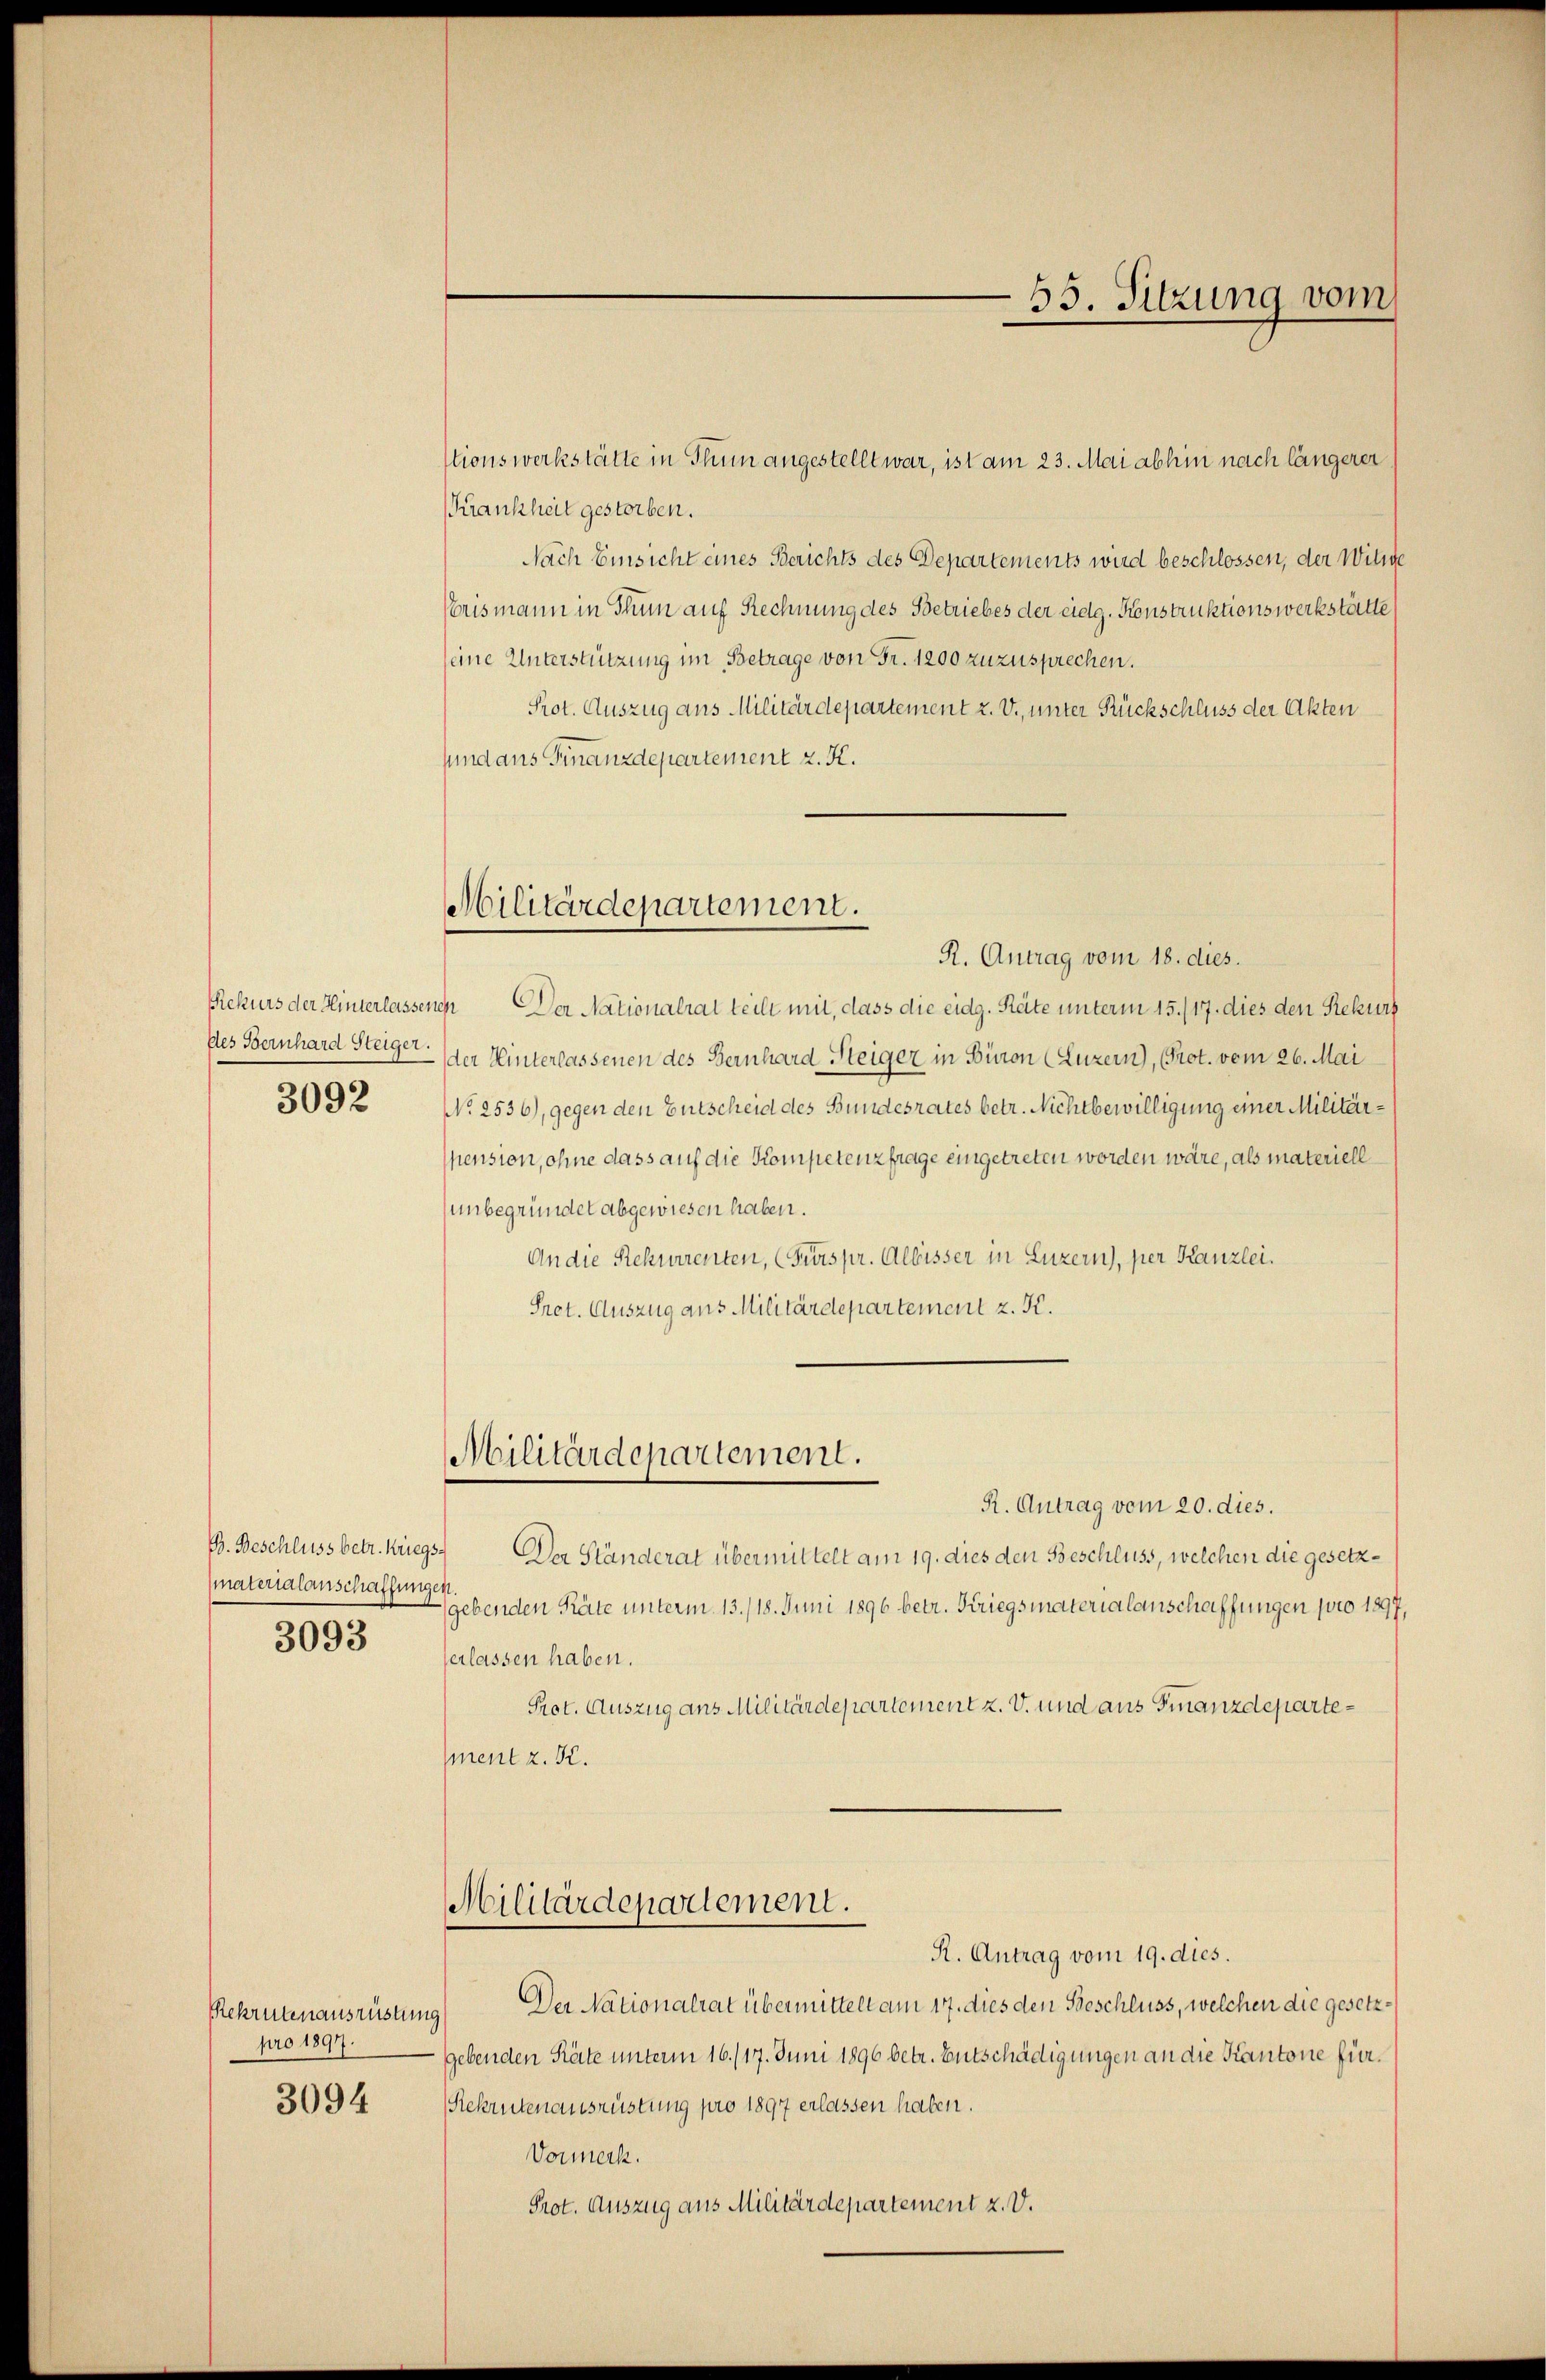
3092

materialanschaffungen.
3093

Rekrutenausrüstung
pro 1897.
3094

Krankheit gestorben.
Nach Einsicht eines Berichts des Departements wird beschlossen, der Witige
Brismann in Thun auf Rechnung des Betriebes der eidg. Konstruktionswerkstätte
seine Unterstützung im Betrage von Fr. 1200 zuzusprechen.
Prot. Auszug aus Militärdepartement u. V., unter Rückschluss der Akten
sund aus Finanzdepartement z. K.
Rekurs der Hinterlassenen Der Nationalrat teilt mit, dass die eidg. Räte unterm 15./17. dies den Rekurs
des Bernhard Steiger der Hinterlassenen des Bernhard Steiger in Büron (Luzern), Prot. vom 26. Mai
No 2536), gegen den Entscheid des Bundesrates betr. Nichtbewilligung einer Militärspension, ohne dass auf die Kompetenzfrage eingetreten worden wäre, als materiell
unbegründet abgewiesen haben.
An die Rekurrenten, (Fürspr. Albisser in Luzern), per Kanzlei.
Pret. Auszug aus Militärdepartement z. K.
Militärdepartement.
R. Antrag vom 20. dies.
B. Beschluss betr. Kriegs. Der Ständerat übermittelt am 19. dies den Beschluss, welchen die gesetzgebenden Räte unterm 13./18. Juni 1896 betr. Kriegsmaterialanschaffungen pro 1897,
verlassen haben.
Prot. Auszug ans Militärdepartement z. V. und aus Finanzdepartement z. K.
Militärdepartement.
R. Antrag vom 19. dies.
Der Nationalrat übermittelt am 17. dies den Beschluss, welchen die gesetzggebenden Räte unterm 16./17. Juni 1896 betr. Entschädigungen an die Kantone für
Rekrutenausrüstung pro 1897 erlassen haben.
Vormerk.
Prot. Auszug aus Militärdepartement z. V.

35. Sitzung vom

stionswerkstätte in Thun angestellt war, ist am 23. Mai abhin nach längerer

Militärdepartement.
R. Antrag vom 18. dies.